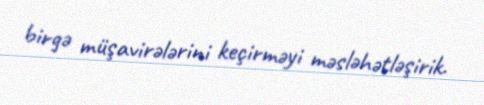
birgə müşavirələrini keçirməyi məsləhətləşirik.